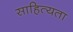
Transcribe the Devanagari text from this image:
साहित्यता